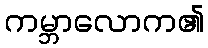
ကမ္ဘာလောက၏